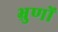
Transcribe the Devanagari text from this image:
भ्रुणों